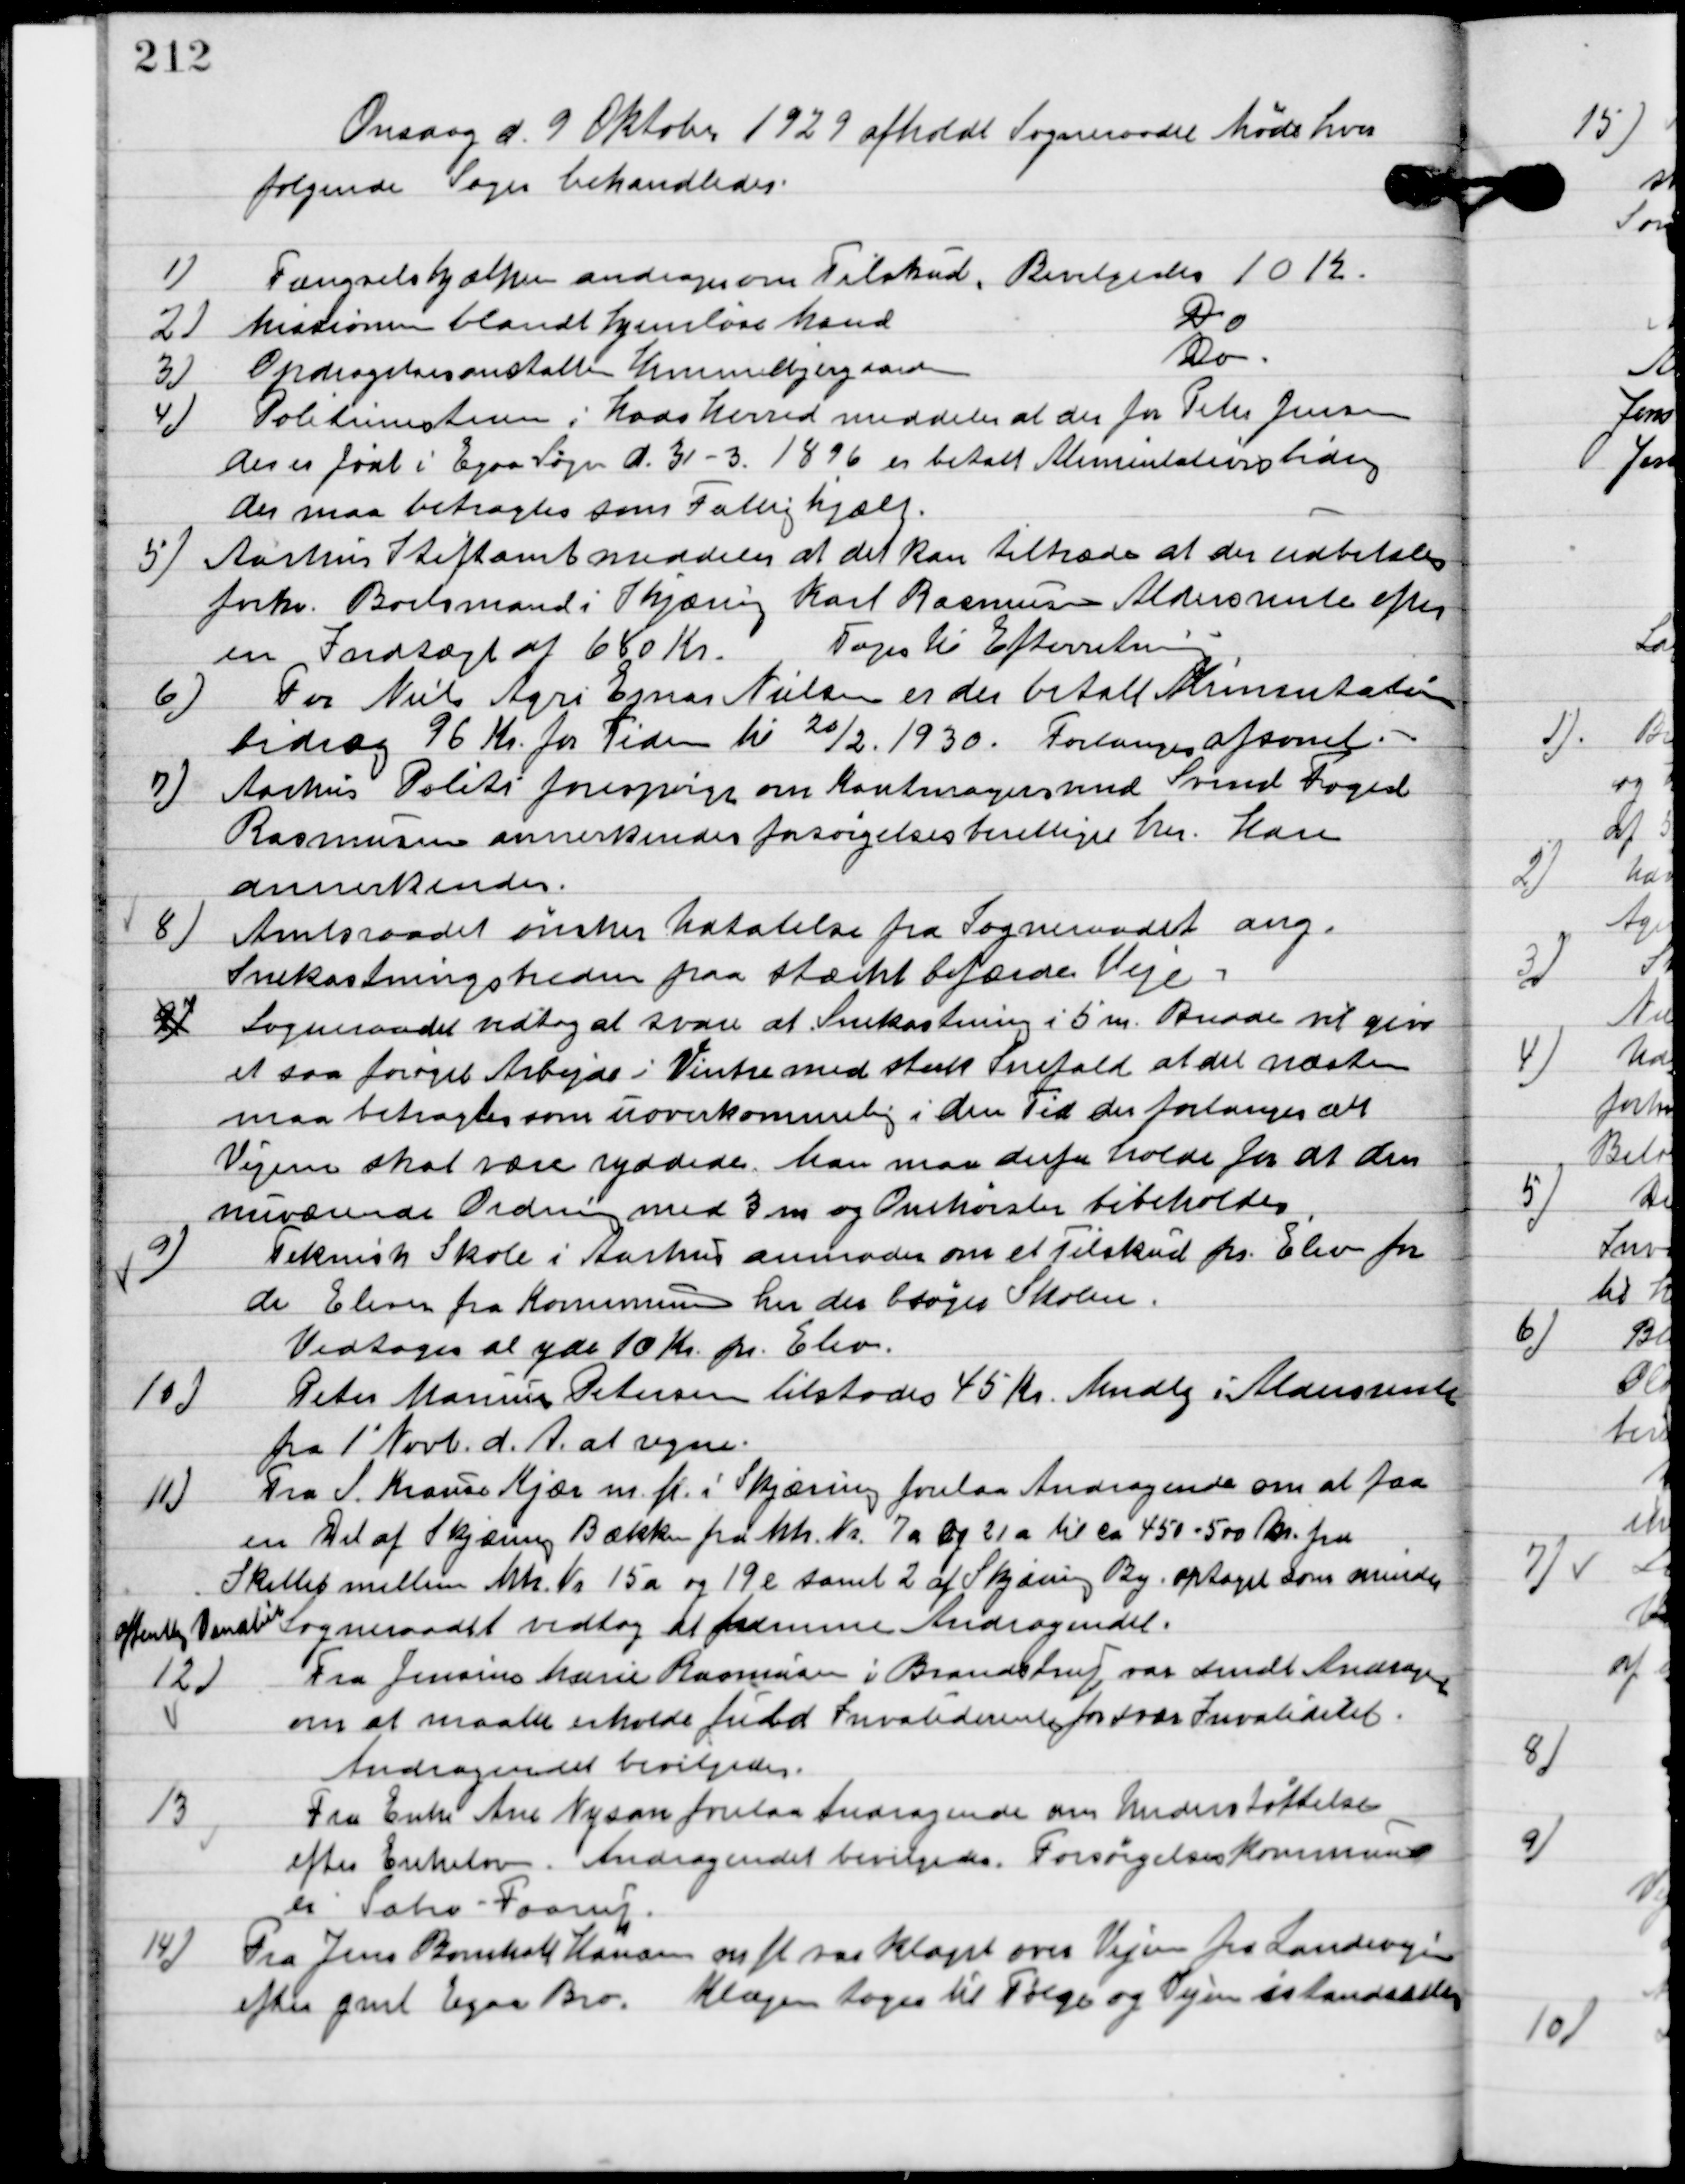
Transskription:
Onsdag d. 9. Oktober 1929 afholdt sognerådet møde hvor
følgende sager behandledes.

1

Fængselshjælpen andrager om Tilskud.
Bevilgedes 10 kr.

2

Missionen blandt hjemløse Mænd - do -

3

Opdragelsesanstalten Himmelbjerg gaarden - do -

4

Politimesteren i Hads Herred meddeler at der for Peter Jensen
der født i Egaa Sogn d. 31-3. 1896 er betalt Alimentationsbidrag
der maa betragtes som Fattighjælp.

5

Aarhus Stiftsamt meddeler at der kan tiltrædes at der udbetales
forhv. Boelsmand i Skjæring Karl Rasmussen Alderdomsrente efter
en Indtægt af 680 Kr.
Toges til Efterretning.

6

For Niels Agri Ejnar Nielsen er der betalt Alimentations-
bidrag 96 Kr. for Tiden til 20/2. 1930.
Forlanges afsonet.

7

Aarhus Politi forespørger om Kautionen med Svend Foged
Rasmussen annerkendes forsørgelsesberettiget her.
Han
annerkendes.

8

Amtsraadet ønsker tilladelse fra sogneraadet ang.
Snekastningsheden paa stærkt befærde Veje.
Sogneraadet vedtog at svare at Snekastningen i 5 m Bredde vil give
et saa forøget arbejde i Vinter med stærk Snefald at det næsten
maa betragtes som uoverkommelig i den tid der forlanges at
Vejen skal være ryddede. Man maa derfor holde for at den
nuværende Ordning med 3 m og Omkørsel bibeholdes.

9

9

Teknisk skole i Aarhus anmoder om et tilskud pr. Elev for
de Elever fra kommunen her der søger skolen.
Vedtoges at yde 10 Kr. Pr. Elev.

10

Peter Marius Petersen tilstodes 45 Kr. Mndlg. i Aldersrente
fra 1´ Novb. D. A. at regne.

11

Fra S. Krause Kjær m. fl. i Skjæring forelaa Andragende om at faa 
en del af Skjæring bækken fra hh. Nr. 7a og 21 a til ca. 450 – 500 Kr. fra 
Skellet mellem hh. Nr. 15a og 19e samt 2 af Skjæring By optaget som mindre 
offentlig vandløb. Sogneraadet vedtog at fremme Andragendet.

12

Fra Jensine Marie Rasmine i Brandstrup var sendt Andragende
om at maatte erholde fuld Invaliderende for svær Invaliditet.
Andragendet bevilgedes.

13

Fra Enke Ane Nysom forelaa om Understøttelse
efter Enkeloven.
Andragendet bevilgedes. Forsørgelses Kommunen
er Sabro-Faarup.

14

Fra Jens Bomholt Hansen om fl. var klaget over vejen fra Landevejen
efter gml. Egaa Bro. Klagen toges til  følge og vejen istandsættes.